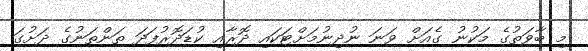
މި ބާވަތުގެ މަކުނު ގެއަށް ވަނަ ނުދިނުމަށްޓަކައި ދޮރާއި ކުޑަދޮރުފަދަ ތަންތަނުގެ ދަށުގަ